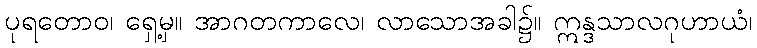
ပုရတောဝ၊ ရှေ့မှ။ အာဂတကာလေ၊ လာသောအခါ၌။ ဣန္ဒသာလဂုဟာယံ၊